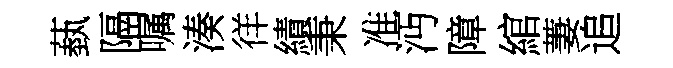
蓺隔嘱湊徉績秉准沔障綰萋追